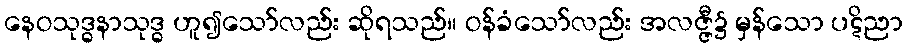
နေဝသုဒ္ဓနာသုဒ္ဓ ဟူ၍သော်လည်း ဆိုရသည်။ ဝန်ခံသော်လည်း အလဇ္ဇီ၌ မှန်သော ပဋိညာ